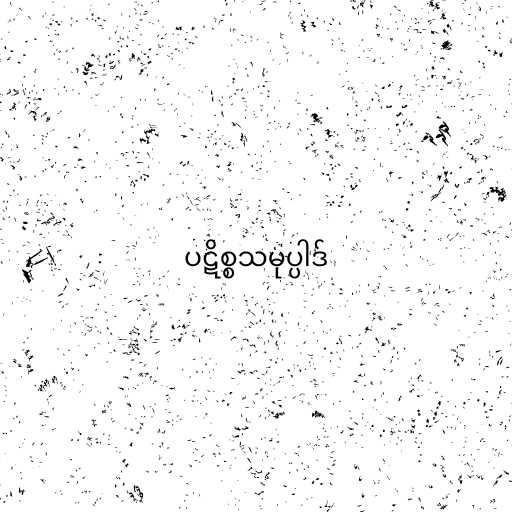
ပဋိစ္စသမုပ္ပါဒ်